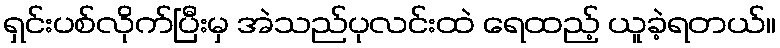
ရှင်းပစ်လိုက်ပြီးမှ အဲသည်ပုလင်းထဲ ရေထည့် ယူခဲ့ရတယ်။